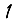
Digit: 1